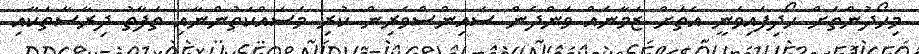
މިހޯދުންތަށް ހޯދިފައިވަނީ އެތަށް ޒަމާނެއް ވަންދެން ސައިންސްވެރިން ކުރި މަސައްކަތުންނާއި ތަފާތު ދިރާސާތަކާއި